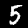
Label: 5